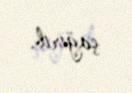
çağırıb.